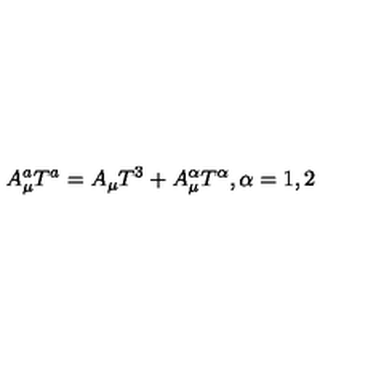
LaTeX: A _ { \mu } ^ { a } T ^ { a } = A _ { \mu } T ^ { 3 } + A _ { \mu } ^ { \alpha } T ^ { \alpha } , \alpha = 1 , 2